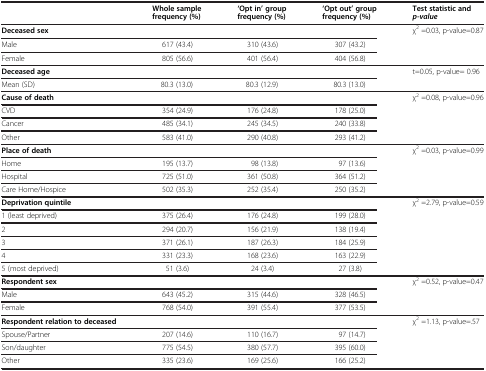
<table><thead><tr><td><b> </b></td><td><b>Whole sample frequency (%)</b></td><td><b>‘Opt in’ group frequency (%)</b></td><td><b>‘Opt out’ group frequency (%)</b></td><td><b>Test statistic and<i>p-value</i></b></td></tr></thead><tbody><tr><td><b>Deceased sex</b></td><td> </td><td> </td><td> </td><td>χ<sup>2</sup> =0.03, p-value=0.87</td></tr><tr><td>Male</td><td>617 (43.4)</td><td>310 (43.6)</td><td>307 (43.2)</td><td> </td></tr><tr><td>Female</td><td>805 (56.6)</td><td>401 (56.4)</td><td>404 (56.8)</td><td> </td></tr><tr><td><b>Deceased age</b></td><td> </td><td> </td><td> </td><td>t=0.05, p-value= 0.96</td></tr><tr><td>Mean (SD)</td><td>80.3 (13.0)</td><td>80.3 (12.9)</td><td>80.3 (13.0)</td><td> </td></tr><tr><td><b>Cause of death</b></td><td> </td><td> </td><td> </td><td>χ<sup>2</sup> =0.08, p-value=0.96</td></tr><tr><td>CVD</td><td>354 (24.9)</td><td>176 (24.8)</td><td>178 (25.0)</td><td> </td></tr><tr><td>Cancer</td><td>485 (34.1)</td><td>245 (34.5)</td><td>240 (33.8)</td><td> </td></tr><tr><td>Other</td><td>583 (41.0)</td><td>290 (40.8)</td><td>293 (41.2)</td><td> </td></tr><tr><td><b>Place of death</b></td><td> </td><td> </td><td> </td><td>χ<sup>2</sup> =0.03, p-value=0.99</td></tr><tr><td>Home</td><td>195 (13.7)</td><td>98 (13.8)</td><td>97 (13.6)</td><td> </td></tr><tr><td>Hospital</td><td>725 (51.0)</td><td>361 (50.8)</td><td>364 (51.2)</td><td> </td></tr><tr><td>Care Home/Hospice</td><td>502 (35.3)</td><td>252 (35.4)</td><td>250 (35.2)</td><td> </td></tr><tr><td><b>Deprivation quintile</b></td><td> </td><td> </td><td> </td><td>χ<sup>2</sup> =2.79, p-value=0.59</td></tr><tr><td>1 (least deprived)</td><td>375 (26.4)</td><td>176 (24.8)</td><td>199 (28.0)</td><td> </td></tr><tr><td>2</td><td>294 (20.7)</td><td>156 (21.9)</td><td>138 (19.4)</td><td> </td></tr><tr><td>3</td><td>371 (26.1)</td><td>187 (26.3)</td><td>184 (25.9)</td><td> </td></tr><tr><td>4</td><td>331 (23.3)</td><td>168 (23.6)</td><td>163 (22.9)</td><td> </td></tr><tr><td>5 (most deprived)</td><td>51 (3.6)</td><td>24 (3.4)</td><td>27 (3.8)</td><td> </td></tr><tr><td><b>Respondent sex</b></td><td> </td><td> </td><td> </td><td>χ<sup>2</sup> =0.52, p-value=0.47</td></tr><tr><td>Male</td><td>643 (45.2)</td><td>315 (44.6)</td><td>328 (46.5)</td><td> </td></tr><tr><td>Female</td><td>768 (54.0)</td><td>391 (55.4)</td><td>377 (53.5)</td><td> </td></tr><tr><td><b>Respondent relation to deceased</b></td><td> </td><td> </td><td> </td><td>χ<sup>2</sup> =1.13, p-value=.57</td></tr><tr><td>Spouse/Partner</td><td>207 (14.6)</td><td>110 (16.7)</td><td>97 (14.7)</td><td> </td></tr><tr><td>Son/daughter</td><td>775 (54.5)</td><td>380 (57.7)</td><td>395 (60.0)</td><td> </td></tr><tr><td>Other</td><td>335 (23.6)</td><td>169 (25.6)</td><td>166 (25.2)</td><td> </td></tr></tbody></table>